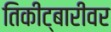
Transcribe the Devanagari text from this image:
तिकीट्बारीवर